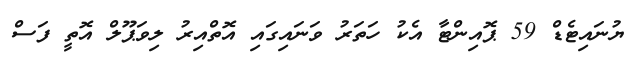
ޔުނައިޓެޑް 59 ޕޮއިންޓާ އެކު ހަތަރު ވަނައިގައި އޮތްއިރު ލިވަޕޫލް އޮތީ ފަސް